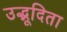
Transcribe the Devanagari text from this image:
उद्भूदिता